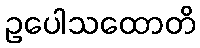
ဥပေါသထောတိ